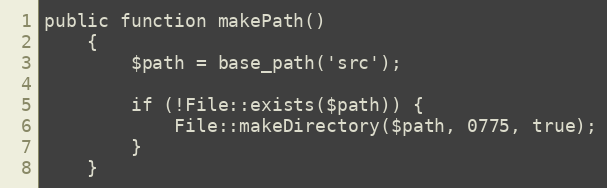
Language: PHP
public function makePath()
    {
        $path = base_path('src');

        if (!File::exists($path)) {
            File::makeDirectory($path, 0775, true);
        }
    }